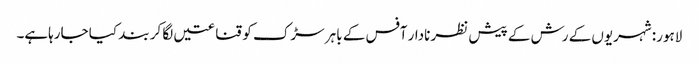
لاہور: شہریوں کے رش کے پیش نظر نادار آفس کے باہر سڑک کو قناعتیں لگا کر بند کیا جارہاہے۔